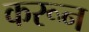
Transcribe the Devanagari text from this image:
करून